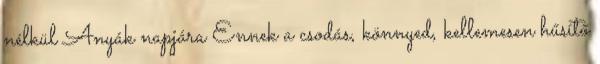
nélkül Anyák napjára Ennek a csodás, könnyed, kellemesen hűsítő